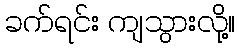
ခက်ရင်း ကျသွားလို့။